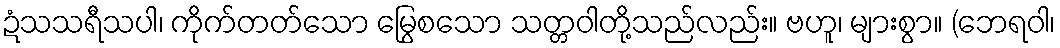
ဍံသသရီသပါ၊ ကိုက်တတ်သော မြွေစသော သတ္တဝါတို့သည်လည်း။ ဗဟူ၊ များစွာ။ (ဘေရဝါ၊